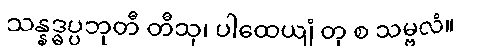
သန္နဒ္ဓပ္ပဘုတီ တီသု၊ ပါထေယျံ တု စ သမ္ဗလံ။